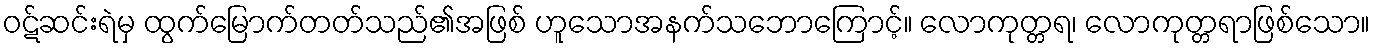
ဝဋ်ဆင်းရဲမှ ထွက်မြောက်တတ်သည်၏အဖြစ် ဟူသောအနက်သဘောကြောင့်။ လောကုတ္တရ၊ လောကုတ္တရာဖြစ်သော။